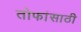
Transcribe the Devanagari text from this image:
तोफांसाठी